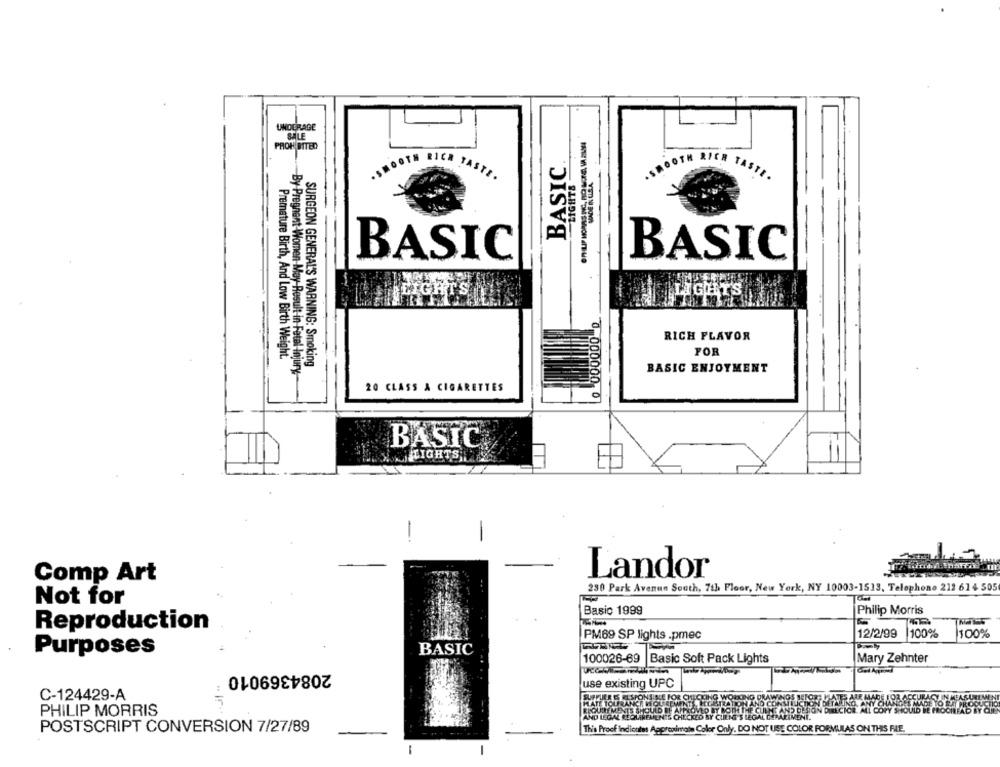
UNOCRAGE
BASIC.
SMOOTH RICA TASTI.
LIGHTS
.SMOOTH RICH TASTE.
BASIC
BASIC
LIGHTS
000000 0
RICH FLAVOR
FOR
Premature Birth, And Low Birth Weight
By Pregnant Women May Result in Fetal Hojun
SURGEON GENERAL'S WARNING: Smoking
BASIC ENJOYMENT
20 CLASS A CIGARETTES
BASIC
LIGHTS
-
Landor
Comp Art
230 Park Avenue South, 7th Floor, New York, NY 10003-1513, Telephone 212 614 505
Not for
Basic 1999
Philip Morris
Reproduction
PM69 SP lights .pmec
12/2/99
100%
100%
Purposes
BASIC
100026-69
Basic Soft Pack Lights
Mary Zehnter
2084369010
use existing UPC
C-124429-A
INE FOR CHE
IG PRAM
ATES ARR MADE
PHILIP MORRIS
IN DERECK
POSTSCRIPT CONVERSION 7/27/89
This Proof Indicates Approximate Color Only. DO NOT USE COLOR FORMULAS ON THIS FILE.